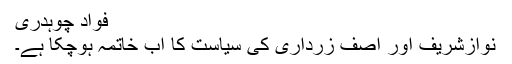
فواد چوہدری
نوازشریف اور آصف زرداری کی سیاست کا اب خاتمہ ہوچکا ہے۔